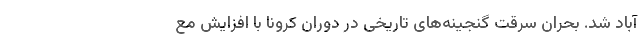
آباد شد. بحران سرقت گنجینه‌های تاریخی در دوران کرونا با افزایش مع